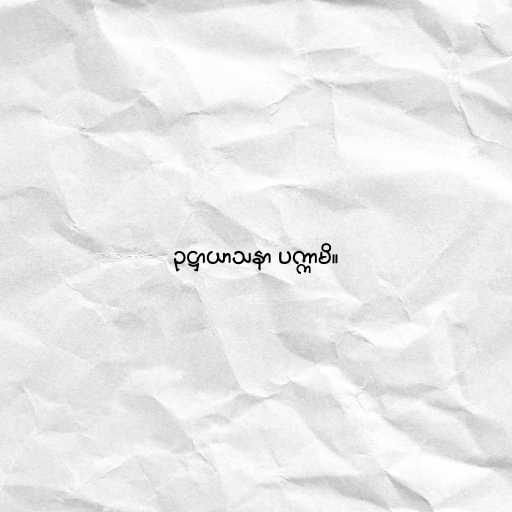
ဥဋ္ဌာယာသနာ ပက္ကာမိ။